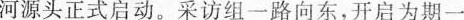
河源头正式启动。采访组一路向东，开启为期一